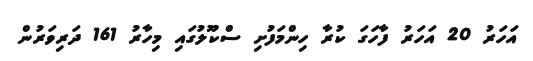
އަހަރު 20 އަހަރު ފާހަގަ ކުރާ ހިންމަފުށި ސްކޫލުގައި މިހާރު 161 ދަރިވަރުން